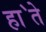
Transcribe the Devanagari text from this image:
हा॓ते